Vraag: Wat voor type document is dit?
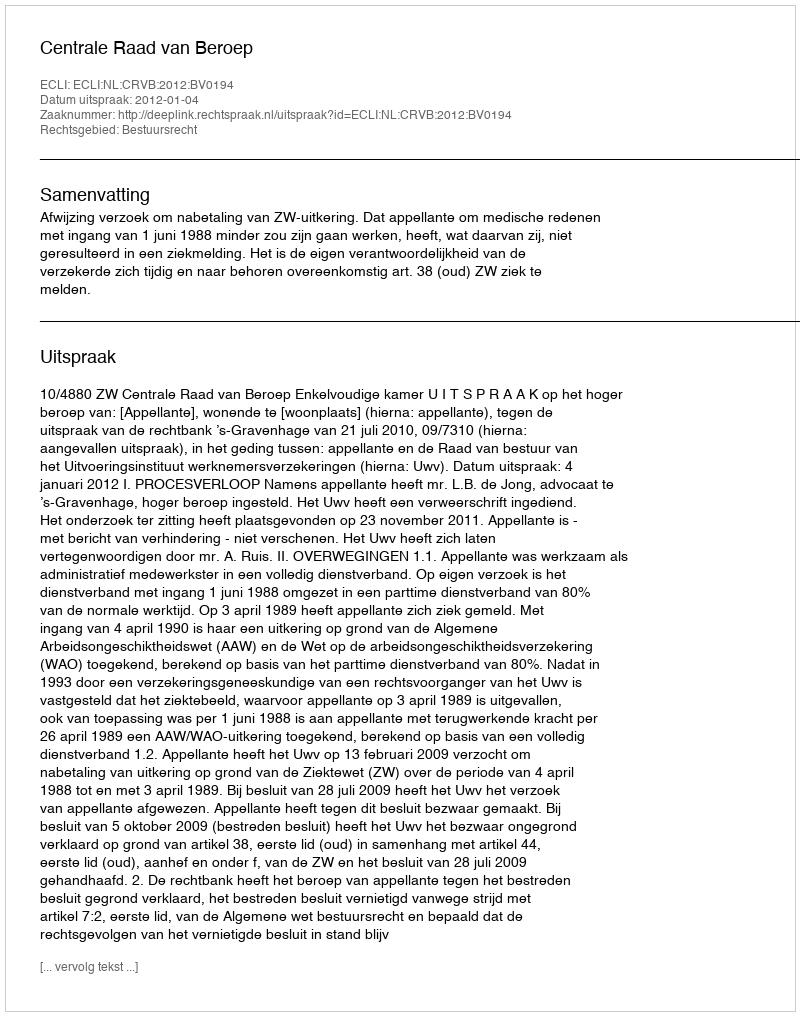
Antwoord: Uitspraak